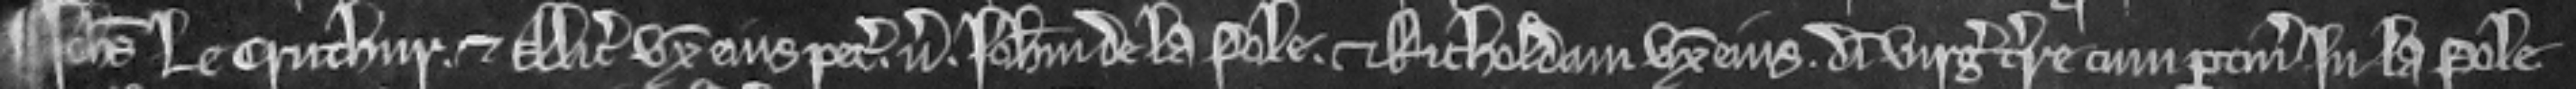
¶ Johannes le Cruchur et Alicia uxor ejus petunt versus Johannem de la Pole et Richeldam uxorem ejus dimidiam virgatam terre cum pertinenciis in la Pole